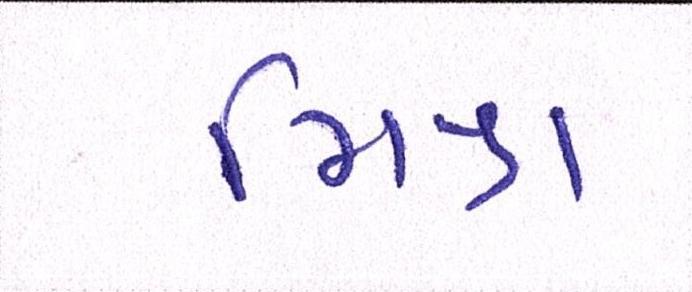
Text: મિશ્ર